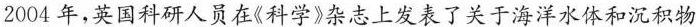
2004年,英国科研人员在《科学》杂志上发表了关于海洋水体和沉积物